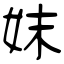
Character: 妺